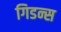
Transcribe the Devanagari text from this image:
गिडन्स